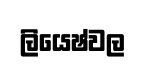
ලියෙෂ්වල